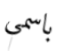
باسمي